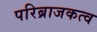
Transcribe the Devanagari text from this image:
परिब्राजकत्व